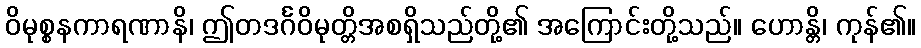
ဝိမုစ္စနကာရဏာနိ၊ ဤတဒင်္ဂဝိမုတ္တိအစရှိသည်တို့၏ အကြောင်းတို့သည်။ ဟောန္တိ၊ ကုန်၏။